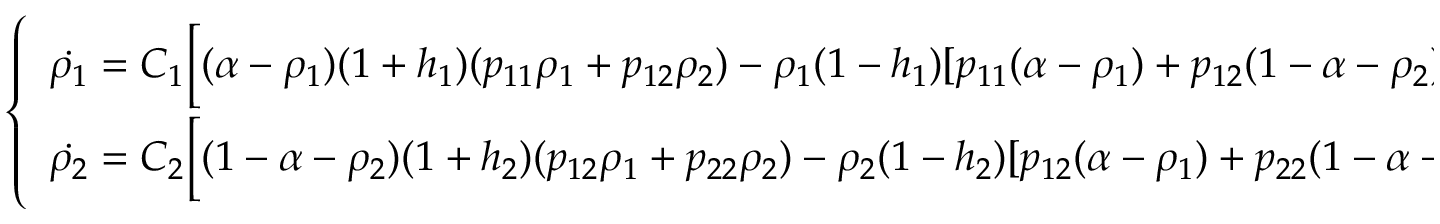
\left\{ \begin{array} { l l } { \dot { \rho _ { 1 } } = C _ { 1 } \bigg [ ( \alpha - \rho _ { 1 } ) ( 1 + h _ { 1 } ) ( p _ { 1 1 } \rho _ { 1 } + p _ { 1 2 } \rho _ { 2 } ) - \rho _ { 1 } ( 1 - h _ { 1 } ) [ p _ { 1 1 } ( \alpha - \rho _ { 1 } ) + p _ { 1 2 } ( 1 - \alpha - \rho _ { 2 } ) ] \bigg ] } \\ { \dot { \rho _ { 2 } } = C _ { 2 } \bigg [ ( 1 - \alpha - \rho _ { 2 } ) ( 1 + h _ { 2 } ) ( p _ { 1 2 } \rho _ { 1 } + p _ { 2 2 } \rho _ { 2 } ) - \rho _ { 2 } ( 1 - h _ { 2 } ) [ p _ { 1 2 } ( \alpha - \rho _ { 1 } ) + p _ { 2 2 } ( 1 - \alpha - \rho _ { 2 } ) ] \bigg ] } \end{array} \right.